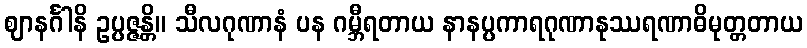
ဈာနင်္ဂါနိ ဥပ္ပဇ္ဇန္တိ။ သီလဂုဏာနံ ပန ဂမ္ဘီရတာယ နာနပ္ပကာရဂုဏာနုဿရဏာဓိမုတ္တတာယ